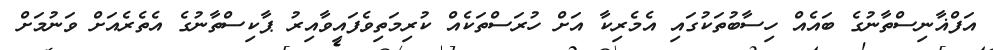
އަފްޣާނިސްތާނުގެ ބައެއް ހިސާބުތަކުގައި އެމެރިކާ އަށް ހުރަސްތަކެއް ކުރިމަތިވެފައިވާއިރު ޕާކިސްތާނުގެ އެތެރެއަށް ވަނުމަށް